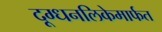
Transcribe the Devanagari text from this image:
दूग्धनलिकेमार्फत